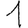
Digit: 1